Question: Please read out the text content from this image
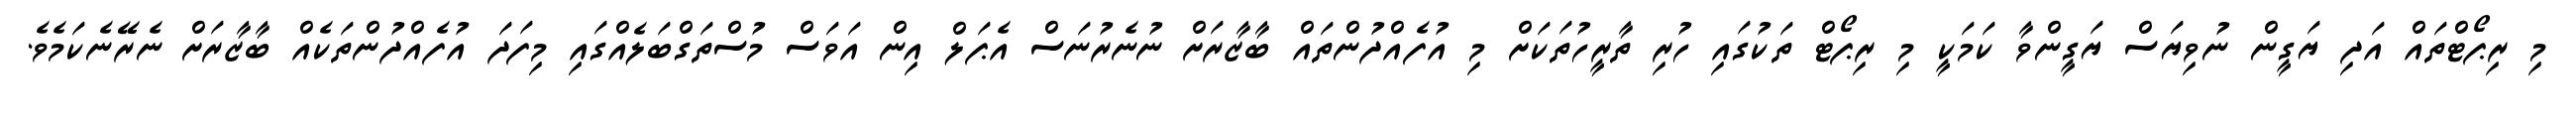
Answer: މި ރިޕޯޓްތައް އަދި ޔަގީން ނުވިޔަސް ޔަގީންވާ ކަމަކީ މި ރިޕޯޓް ތަކުގައި ހުރި ތާރީހުތަކަށް މި އުފެއްދުންތައް ބާޒާރަށް ނުނެރުނަސް އެޕަލް އިން އަވަސް މުސްތަގްބަލެއްގައި މިފަދަ އުފެއްދުންތަކެއް ބާޒާރަށް ނެރޭނެކަމެވެ.